Annual administration report of the Civil Veterinary Department of India - 1896-1897
Year: 1896
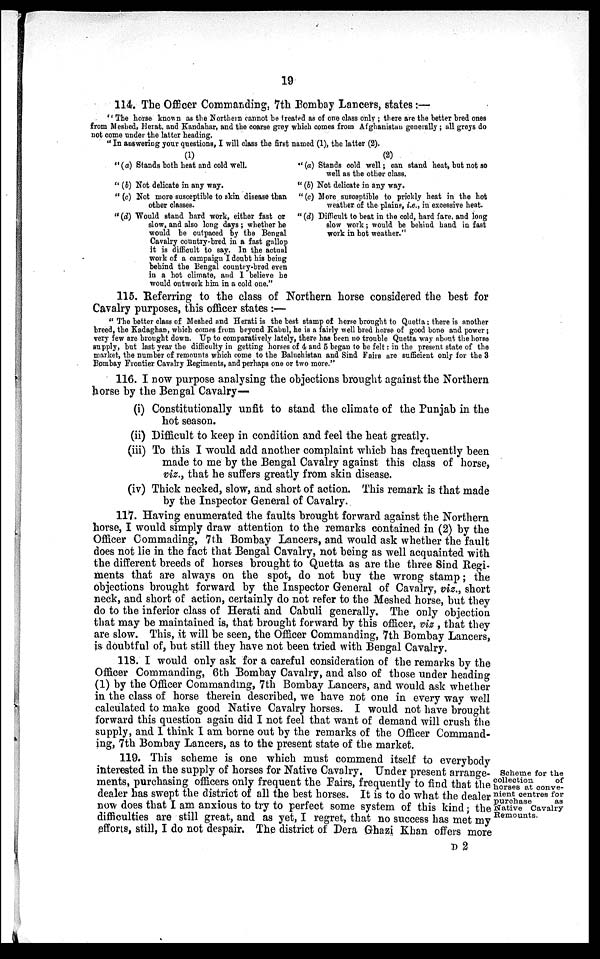
19
114. The Officer Commanding. 7th Bombay Lancers, states:—
"The horse known as the Northern cannot be treated as of one class only; there are the better bred ones
from Meshed, Herat, and Kandahar, and the coarse grey which comes from Afghanistan generally; all greys do
not come under the latter heading.
"In answering your questions, I will class the first named (1), the latter (2).
(1)
" (a) Stands both heat and cold well.
" (b) Not delicate in any way.
" (c) Not more susceptible to skin disease than
other classes.
"(d) Would stand hard wort, either fast or
slow, and also long days ; whether he
would be outpaced by the Bengal
Cavalry country-bred in a fast gallop
it is difficult to say. In the actual
work of a campaign I doubt his being
behind the Bengal country-bred even
in a hot climate, and I believe he
would outwork him in a cold one."
(2)
" (a) Stands cold well; can stand heat, but not so
well as the other class.
" (b) Not delicate in any way.
"(c) More suscaptible to prickly heat in the hot
weather of the plains, i.e., in excessive heat.
" (d) Difficult to beat in the cold, hard fare, and long
slow work; would be behind hand in fast
work in hot weather."
115. Referring to the class of Northern horse considered the best for
Cavalry purposes, this officer states:—
"The better class of Meshed and Herati is the best stamp of horse brought to Quetta; there is another
breed, the Kadaghan, which comes from beyond Kabul, he is a fairly well bred horse of good bone and power;
very few are brought down. Up to comparatively lately, there has been no trouble Quetta way about the horse
supply, but last year the difficulty in getting horses of 4 and 5 began to be felt: in the present state of the
market, the number of remounts which come to the Baluchistan and Sind Fairs are sufficient only for the 3
Bombay Frontier Cavalry Regiments, and perhaps one or two more."
116. I now purpose analysing the objections brought against the Northern
horse by the Bengal Cavalry—
(i) Constitutionally unfit to stand the climate of the Punjab in the
hot season.
(ii) Difficult to keep in condition and feel the heat greatly.
(iii) To this I would add another complaint which has frequently been
made to me by the Bengal Cavalry against this class of horse,
viz., that he suffers greatly from skin disease.
(iv) Thick necked, slow, and short of action. This remark is that made
by the Inspector General of Cavalry.
117. Having enumerated the faults brought forward against the Northern
horse, I would simply draw attention to the remarks contained in (2) by the
Officer Commading, 7th Bombay Lancers, and would ask whether the fault
does not lie in the fact that Bengal Cavalry, not being as well acquainted with
the different breeds of horses brought to Quetta as are the three Sind Regi-
ments that are always on the spot, do not buy the wrong stamp; the
objections brought forward by the Inspector General of Cavalry, viz., short
neck, and short of action, certainly do not refer to the Meshed horse, but they
do to the inferior class of Herati and Cabuli generally. The only objection
that may be maintained is, that brought forward by this officer, viz , that they
are slow. This, it will be seen, the Officer Commanding, 7th Bombay Lancers,
is doubtful of, but still they have not been tried with Bengal Cavalry.
118. I would only ask for a careful consideration of the remarks by the
Officer Commanding, 6th Bombay Cavalry, and also of those under heading
(1) by the Officer Commanding, 7th Bombay Lancers, and would ask whether
in the class of horse therein described, we have not one in every way well
calculated to make good Native Cavalry horses. I would not have brought
forward this question again did I not feel that want of demand will crush the
supply, and I think I am borne out by the remarks of the Officer Command-
ing, 7th Bombay Lancers, as to the present state of the market.
Scheme for the
collection
of
horses at conve-
nient centres for
purchase
as
Native Cavalry
Remounts.
119. This scheme is one which must commend itself to everybody
interested in the supply of horses for Native Cavalry. Under present arrange-
ments, purchasing officers only frequent the Fairs, frequently to find that the
dealer has swept the district of all the best horses. It is to do what the dealer
now does that I am anxious to try to perfect some system of this kind; the
difficulties are still great, and as yet, I regret, that no success has met my
efforts, still, I do not despair. The district of Dera Ghazi Khan offers more
D 2